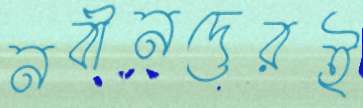
নবীনদেরই